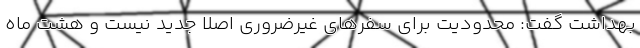
بهداشت گفت: محدودیت برای سفرهای غیرضروری اصلا جدید نیست و هشت ماه